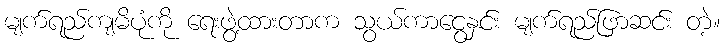
မျက်ရည်ကျမိပုံကို ရေးဖွဲ့ထားတာက သွယ်ကာငွေနှင်း မျက်ရည်ဖြာဆင်း တဲ့။